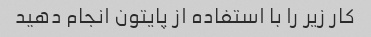
کار زیر را با استفاده از پایتون انجام دهید